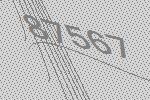
87567